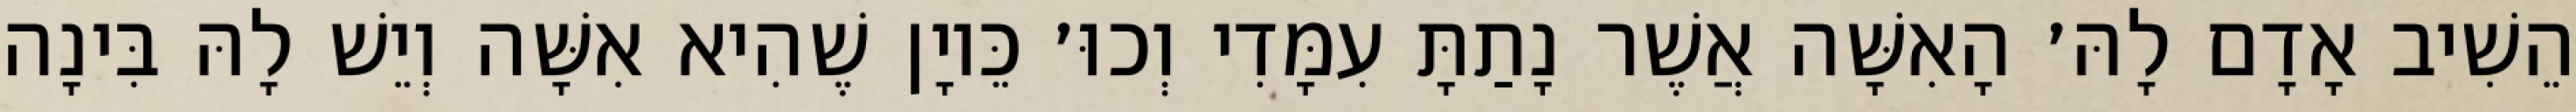
הֵשִׁיב אָדָם לָהּ׳ הָאִשָּׁה אֲשֶׁר נָתַתָּ עִמָּדִי וְכוּ׳ כֵּיוָן שֶׁהִיא אִשָּׁה וְיֵשׁ לָהּ בִּינָה